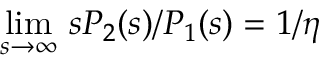
\operatorname* { l i m } _ { s \to \infty } \, s P _ { 2 } ( s ) / P _ { 1 } ( s ) = 1 / \eta